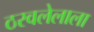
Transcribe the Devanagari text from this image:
ठरवलेलाला